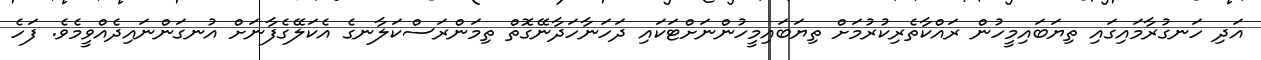
އަދި ހަނގުރާމައިގައި ތިޔަބައިމީހުން ރައްކާތެރިކުރުމަށް ތިޔަބައިމީހުންނަށްޓަކައި ދަހަނާހަދާނޭގޮތް ތިމަންރަސްކަލާނގެ އެކަލޭގެފާނަށް އުނގަންނައިދެއްވީމެވެ. ފަހެ